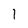
Character: 1